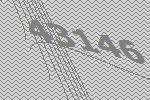
43146